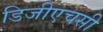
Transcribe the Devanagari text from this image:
डिजीएचसी